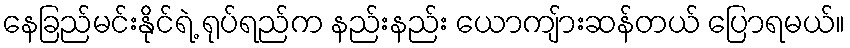
နေခြည်မင်းနိုင်ရဲ့ ရုပ်ရည်က နည်းနည်း ယောကျ်ားဆန်တယ် ပြောရမယ်။